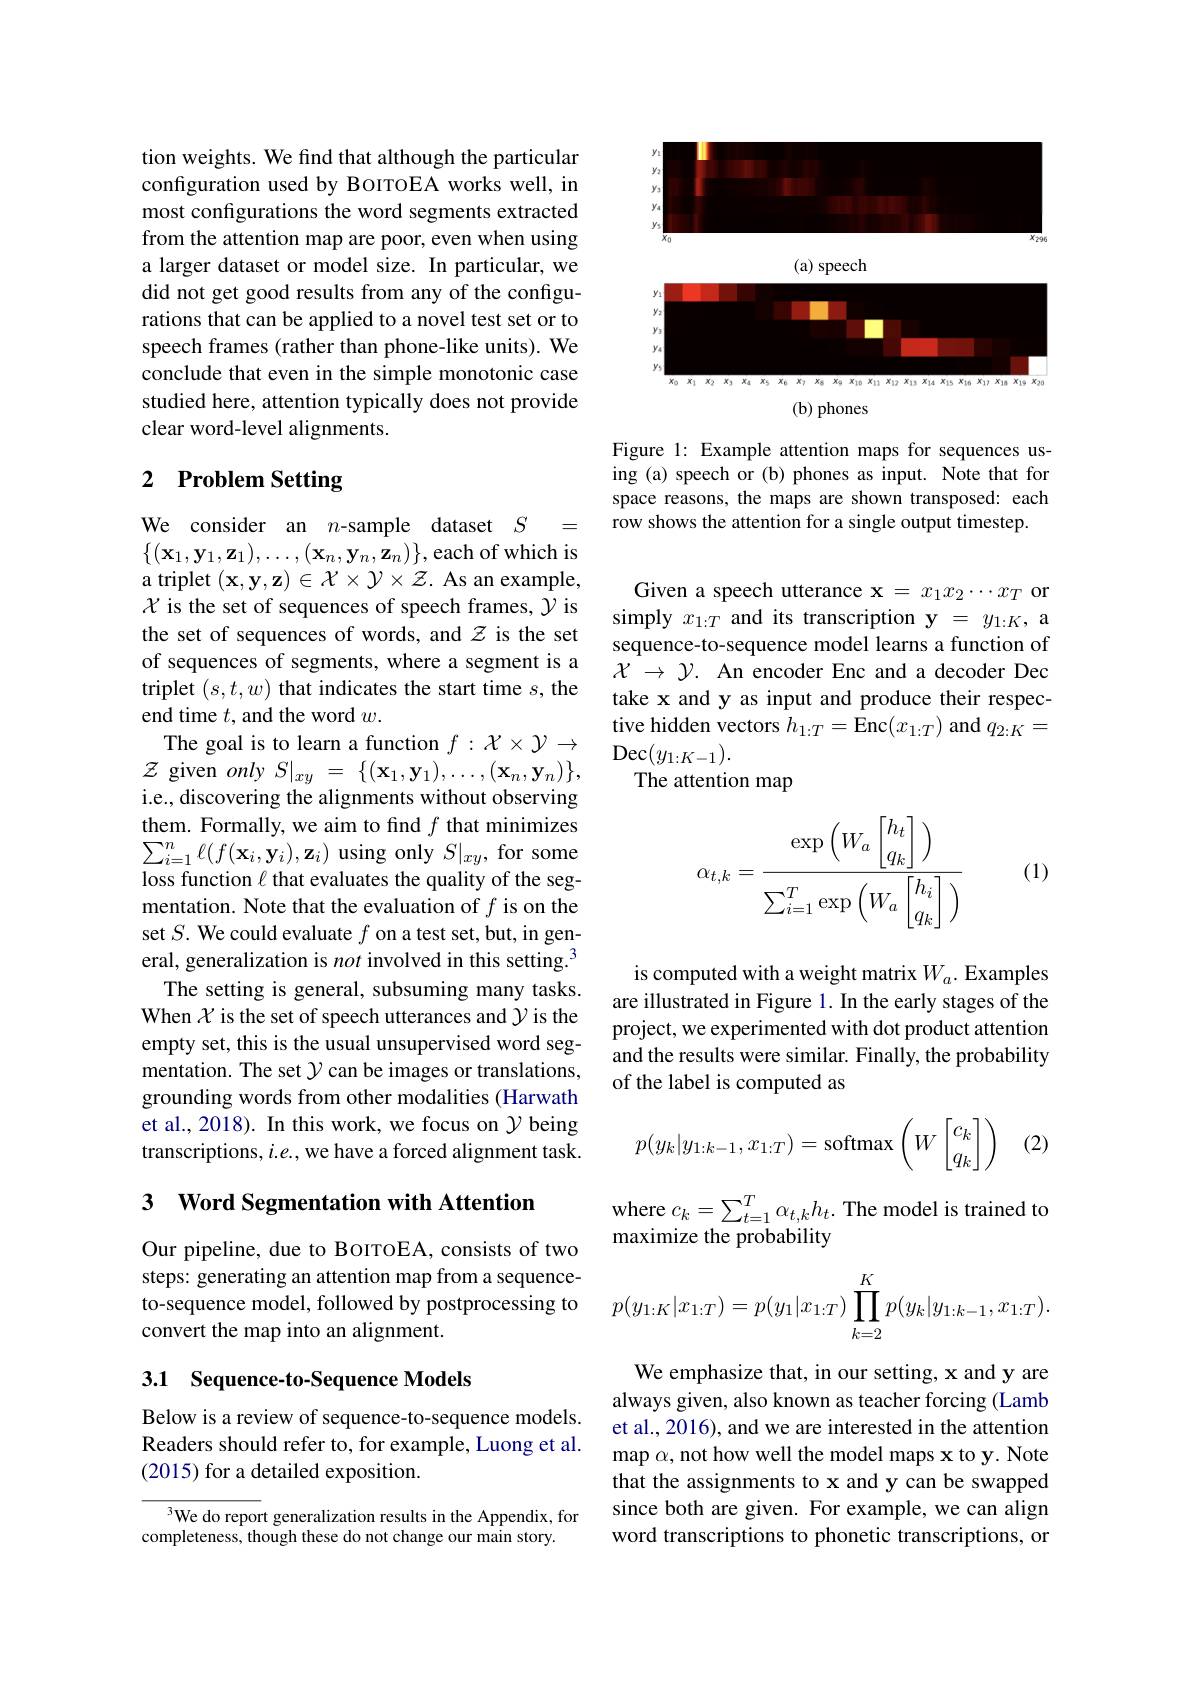
tion weights. We find that although the particular configuration used by BoITOEA works well, in most configurations the word segments extracted from the attention map are poor, even when using a larger dataset or model size. In particular, we did not get good results from any of the configurations that can be applied to a novel test set or to speech frames (rather than phone-like units). We conclude that even in the simple monotonic case studied here, attention typically does not provide clear word-level alignments.

# 2 Problem Setting

We consider an $n$-sample dataset $S$ = $\{(\mathbf{x}_{1},\mathbf{y}_{1},\mathbf{z}_{1}),\ldots,(\mathbf{x}_{n},\mathbf{y}_{n},\mathbf{z}_{n})\}$,each of which is a triplet $(\mathbf{x},\mathbf{y},\mathbf{z})\in\mathcal{X}\times\mathcal{Y}\times\mathcal{Z}.$ As an example, $\chi$ is the set of sequences of speech frames, $\gamma$ is the set of sequences of words, and $z$ is the set of sequences of segments, where a segment is a triplet $(s,t,w)$ that indicates the start time $s$,the end time $t$,and the word $w.$
$\mathcal{Z}$ given $onlyS|_xy=\{(\mathbf{x}_1,\mathbf{y}_1),\ldots,(\mathbf{x}_n,\mathbf{y}_n)\}$, i.e., discovering the alignments without observing them. Formally, we aim to find $f$ that minimizes $\sum_{i=1}^{n}\ell(f(\mathbf{x}_{i},\mathbf{y}_{i}),\mathbf{z}_{i})$ using only $S|_xy$, for some loss function $\ell$ that evaluates the quality of the segmentation. Note that the evaluation of $f$ is on the set $S.$ We could evaluate $f$ on a test set, but, in general, generalization is not involved in this setting.$^{\textcircled{\mathrm{f}}}$
The setting is general, subsuming many tasks. When $\chi$ is the set of speech utterances and $\gamma$ is the empty set, this is the usual unsupervised word segmentation. The set $\mathcal{Y}$ can be images or translations, grounding words from other modalities (Harwath et al., 2018). In this work, we focus on $\gamma$ being transcriptions, $i.e.$, we have a forced alignment task.

3 Word Segmentation with Attention

Our pipeline, due to BOITOEA, consists of two steps: generating an attention map from a sequenceto-sequence model, followed by postprocessing to convert the map into an alignment.

## 3.1 Sequence-to-Sequence Models

Below is a review of sequence-to-sequence models. Readers should refer to, for example, Luong et al. (2015) for a detailed exposition.

$^{3}$We do report generalization results in the Appendix, for
completeness, though these do not change our main story.

<FigureHere>

Figure 1: Example attention maps for sequences using (a) speech or (b) phones as input. Note that for space reasons, the maps are shown transposed: each row shows the attention for a single output timestep.

Given a speech utterance $\mathbf{x}=x_1x_2\cdots x_T$ or simply $x_{1:T}$ and its transcription y = $y_{1:K}$, a sequence-to-sequence model learns a function of $\mathcal{X}\to\mathcal{Y}.$ An encoder Enc and a decoder Dec take x and y as input and produce their respective hidden vectors $h_{1: T}= \hat{E}$nc$( x_{1: T})$ and $q_{2:K}=$
$\begin{array}{cc}{\mathrm{The~goal~is~to~learn~a~function~}f:\mathcal{X}\times\mathcal{Y}\to\:\mathrm{Dec}(y_{1:K-1}).}\\{\mathrm{given~}ovlv~S|~=~\{(\mathbf{v},\mathbf{v}_{*})\:(\mathbf{v},\mathbf{v}_{*})\}}\end{array}$
The attention map
$$\alpha_{t,k}=\frac{\exp\left(W_a\begin{bmatrix}h_t\\q_k\end{bmatrix}\right)}{\sum_{i=1}^T\exp\left(W_a\begin{bmatrix}h_i\\q_k\end{bmatrix}\right)}$$
(1)

is computed with a weight matrix $W_a.$ Examples are illustrated in Figure 1. In the early stages of the project, we experimented with dot product attention and the results were similar. Finally, the probability of the label is computed as
$$p(y_k|y_{1:k-1},x_{1:T})=\text{softmax}\left(W\begin{bmatrix}c_k\\q_k\end{bmatrix}\right)$$
(2.

where $c_k=\sum_{t=1}^T\alpha_{t,k}h_t.$ The model is trained to
maximize the probability
$$p(y_{1:K}|x_{1:T})=p(y_1|x_{1:T})\prod_{k=2}^Kp(y_k|y_{1:k-1},x_{1:T}).$$
We emphasize that, in our setting, x and y are always given, also known as teacher forcing (Lamb et al., 2016), and we are interested in the attention map $\alpha$, not how well the model maps x to y. Note that the assignments to x and y can be swapped since both are given. For example, we can align word transcriptions to phonetic transcriptions, or